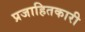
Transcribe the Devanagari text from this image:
प्रजाहितकारी